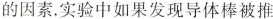
的因素.实验中如果发现导体棒被推